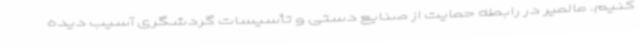
کنیم. مالمیر در رابطه حمایت از صنایع دستی و تأسیسات گردشگری آسیب دیده